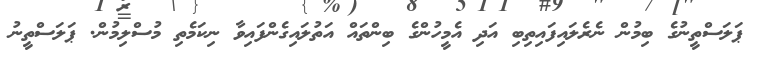
ޕަލަސްތީނުގެ ބިމުން ނެރެލައިފައިތިބި އަދި އެމީހުންގެ ބިންތައް އަތުލައިގެންފައިވާ ނިކަމެތި މުސްލިމުން. ޕަލަސްތީނު